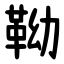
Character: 靿